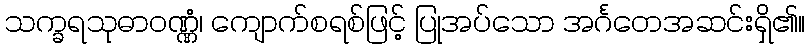
သက္ခရသုဓာဝဏ္ဏံ၊ ကျောက်စရစ်ဖြင့် ပြုအပ်သော အင်္ဂတေအဆင်းရှိ၏။